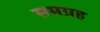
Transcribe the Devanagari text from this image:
समग्रह